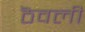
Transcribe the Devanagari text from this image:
ठॆवली